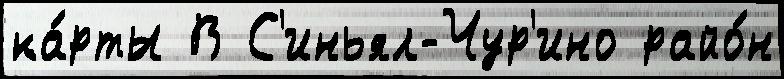
ка́рты В С'иньял-Чур'ино райо́н